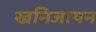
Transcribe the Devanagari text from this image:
खनिजायन